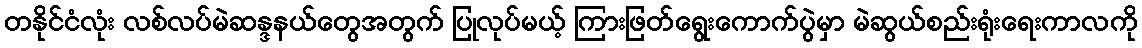
တနိုင်ငံလုံး လစ်လပ်မဲဆန္ဒနယ်တွေအတွက် ပြုလုပ်မယ့် ကြားဖြတ်ရွေးကောက်ပွဲမှာ မဲဆွယ်စည်းရုံးရေးကာလကို